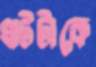
খাটটাকে